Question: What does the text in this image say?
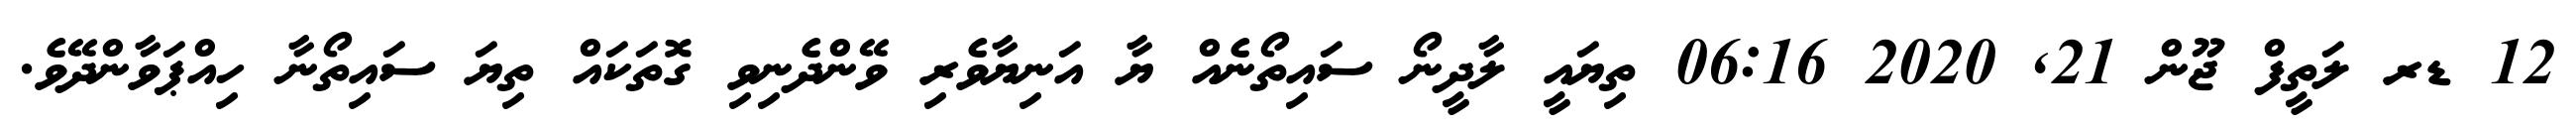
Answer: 12 ޑރ ލަތީފް ޖޫން 21, 2020 06:16 ތިޔައީ ލާދީނޯ ސައިތޯނެއް ޔާ އަނިޔާވެރި ވޭންދެނިވި ގޮތަކައް ތިޔަ ސައިތޯނާ ހިއްޕަވާންދޭވެ.